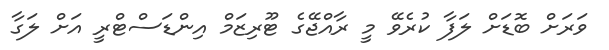
ވަރަށް ބޮޑަށް ލަފާ ކުރެވޭ މީ ރާއްޖޭގެ ޓޫރިޒަމް އިންޑަސްޓްރީ އަށް ލަގާ